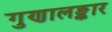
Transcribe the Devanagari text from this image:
गुणालङ्कार